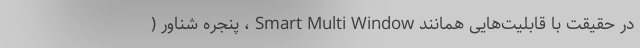
در حقیقت با قابلیت‌هایی همانند Smart Multi Window ، پنجره شناور (